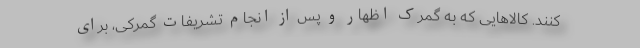
کنند. کالاهایی که به گمرک اظهار و پس از انجام تشریفات گمرکی، برای